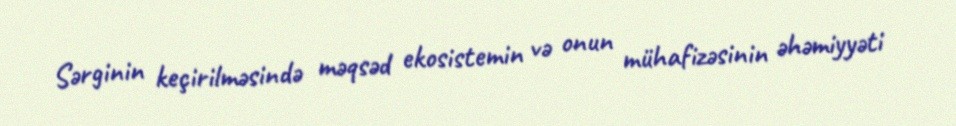
Sərginin keçirilməsində məqsəd ekosistemin və onun mühafizəsinin əhəmiyyəti